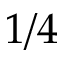
1 / 4